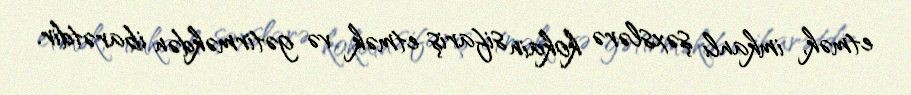
etmək, imkanlı şəxslərə kokain sifariş etmək və gətirməkdən ibarətdir.